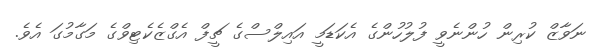
ނަވާޒް ކުރިން ހުންނެވީ ފުލުހުންގެ އެކަޑަމީ އައިލްސްގެ ޗީފް އެގްޒެކެޓިވްގެ މަގާމުގަ އެވެ.